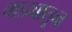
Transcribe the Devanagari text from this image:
वाड्यातून